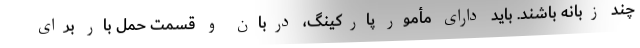
چند زبانه باشند. باید دارای مأمور پارکینگ، دربان و قسمت حمل بار برای